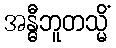
အန္ဓီဘူတသ္မိံ